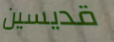
قديسين